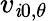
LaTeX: v_{\mathit{i}0,\theta}